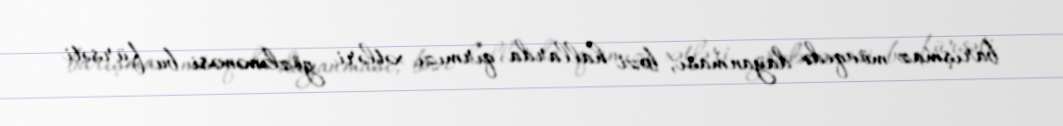
barışmaz mövqedə dayanması, bəzi hallarda qırmızı xətləri gözləməməsi bu fürsəti